Report of the Hyderabad Chloroform Commission
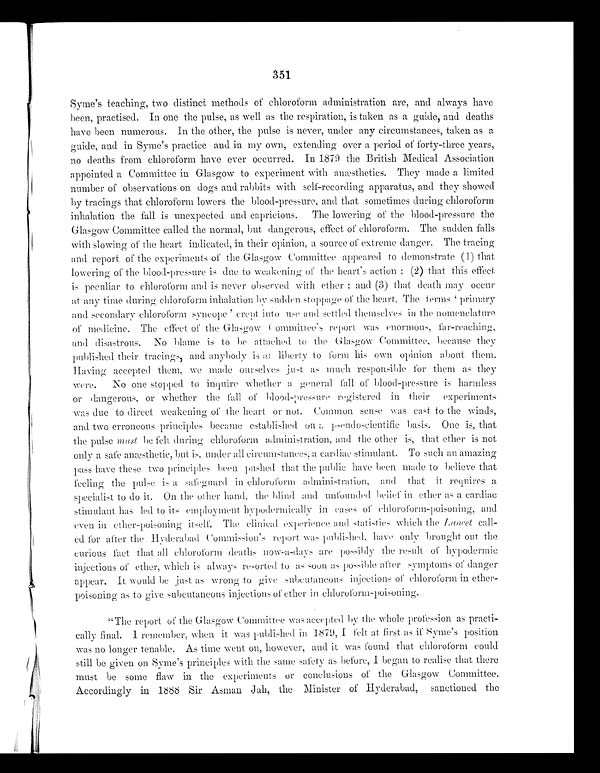
351
Syme's teaching, two distinct methods of chloroform administration are, and always have
been, practised. In one the pulse, as well as the respiration, is taken as a guide, and deaths
have been numerous. In the other, the pulse is never, under any circumstances, taken as a
guide, and in Syme's practice and in my own, extending over a period of forty-three years,
no deaths from chloroform have ever occurred. In 1879 the British Medical Association
appointed a Committee in Glasgow to experiment with anæsthetics. They made a limited
number of observations on dogs and rabbits with self-recording apparatus, and they showed
by tracings that chloroform lowers the blood-pressure, and that sometimes during chloroform
inhalation the fall is unexpected and capricious. The lowering of the blood-pressure the
Glasgow Committee called the normal, but dangerous, effect of chloroform. The sudden falls
with slowing of the heart indicated, in their opinion, a source of extreme danger. The tracing
and report of the experiments of the Glasgow Committee appeared to demonstrate (1) that
lowering of the blood-pressure is due to weakening of the heart's action ; (2) that this effect
is peculiar to chloroform and is never observed with ether ; and (3) that death may occur
at any time during chloroform inhalation by sudden stoppage of the heart. The terms 'primary
and secondary chloroform syncope' crept into use and settled themselves in the nomenclature
of medicine. The effect of the Glasgow Committee's report was enormous, far-reaching,
and disastrous. No blame is to be attached to the Glasgow Committee, because they
published their tracings, and anybody is at liberty to form his own opinion about them.
Having accepted them, we made ourselves just as much responsible for them as they
were.
No one stopped to inquire whether a general fall of blood-pressure is harmless
or dangerous, or whether the fall of blood-p ressure registered in their experiments
was due to direct weakening of the heart or not. Common sense was cast to the winds,
and two erroneous principles became established on pseudoscientific basis. One is, that
the pulse must be felt during chloroform administration, and the other is, that ether is not
only a safe anæsthetic, but is. under all circumstances a cardiac stimulant. To such an amazing
pass have these two principles been pushed that the public have been made to believe that
feeling the pulse is a safeguard in chloroform administration, and that it requires a
specialist to do it. On the other hand. the blind and unfounded belief in ether as a cardiac
stimulant has led to its employment. hypodermically in cases of chloroform-poisoning, and
even in ether-poisoning itself. The clinical experience and statistics Which the Lancet call-
ed for after the Hyderabad Commission's report was published, have only brought out the
c ur i ous f a c t t ha t a l l c hl or of or m de a t hs now- a - da ys a r e pos s i bl y t he r e s ul t of hypode r mi c
injections of ether, which is always resorted to as soon as possible after symptoms of danger
appear. It would be just as wrong to give subcutaneous injections of chloroform in ether-
poisoning as to give subcutaneous injections of ether in chloroform-poisoning.
"The report of the Glasgow Committee was accepted by the whole profession as practi--
cally final. I remember, when it was published in 1879, I felt at first as if Syme's position
was no longer tenable. As time went on, however, and it was found that chloroform could
still be given on Syme's principles with the same safety as before, I began to realise that there
must be some flaw in the experiments or conclusions of the Glasgow Committee.
Accordingly in 1888 Sir Asman Jah, the Minister of Hyderabad, sanctioned the